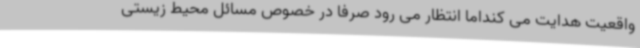
واقعیت هدایت می کنداما انتظار می رود صرفاً در خصوص مسائل محیط زیستی